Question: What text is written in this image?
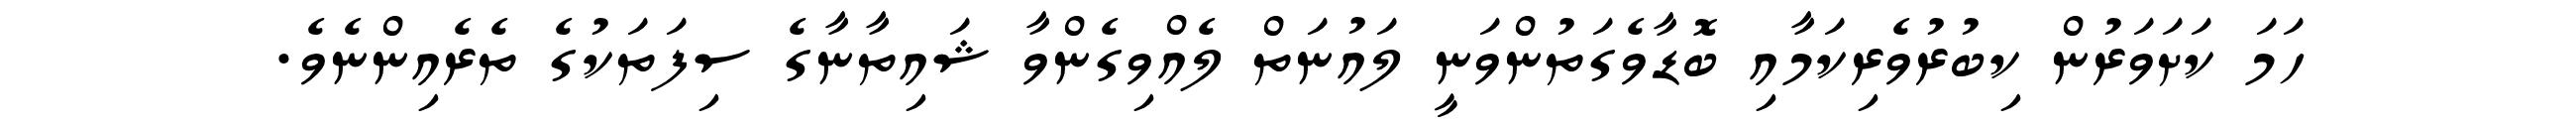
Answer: ހަމަ ކަށަވަރުން ކިބުރުވެރިކަމާއި ބޮޑާވެގަތުންވަނީ ލައުނަތް ލެއްވިގެންވާ ޝައިތާނާގެ ސިފަތަކުގެ ތެރެއިންނެވެ.